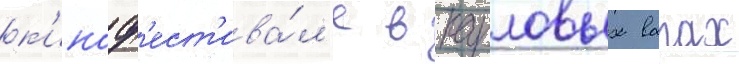
к'иноф'ест'ива́л'е в карловых варах